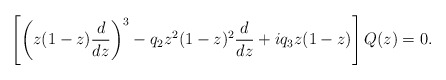
\begin{align*}\left[ \left(z(1-z){d\over dz}\right)^3 -q_2z^2(1-z)^2 {d\over dz} +i q_3 z(1-z) \right] Q(z)=0. \end{align*}